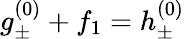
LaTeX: g_{\pm}^{(0)}+f_{1}=h_{\pm}^{(0)}